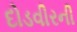
દોડવીરની